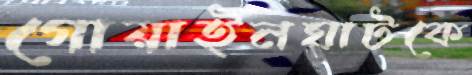
গোয়াইনঘাটকে